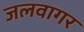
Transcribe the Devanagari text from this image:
जलवागर